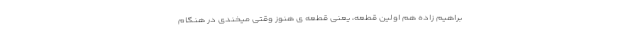
براهیم زاده هم اولین قطعه، یعنی قطعه ی هنوز وقتی میخندی در هنگام